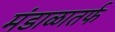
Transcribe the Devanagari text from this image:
मंडाळातर्फ